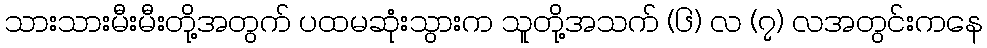
သားသားမီးမီးတို့အတွက် ပထမဆုံးသွားက သူတို့အသက် (၆) လ (၇) လအတွင်းကနေ